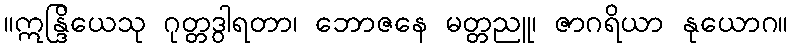
။ဣန္ဒြိယေသု ဂုတ္တဒွါရတာ၊ ဘောဇနေ မတ္တညူ၊ ဇာဂရိယာ နုယောဂ။